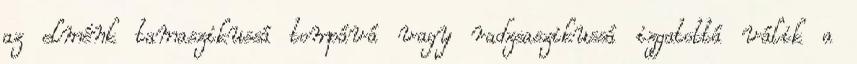
az elménk tamaszikussá tompává vagy radzsaszikussá izgatottá válik a